Burma Government Medical School reports 1923-41
Year: 1923
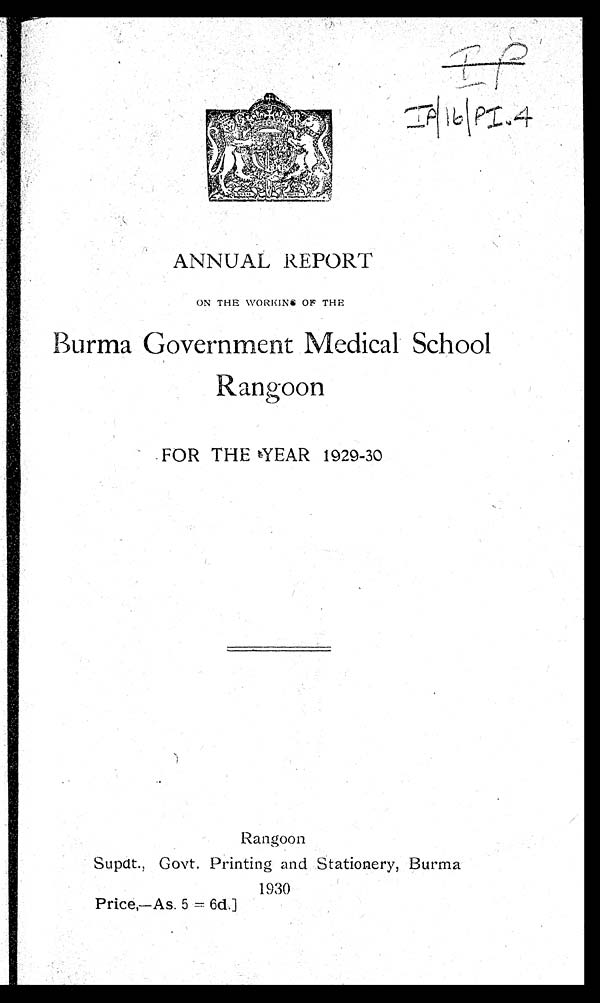
'71
I P / 1 6 / P I . 4
ANNUAL REPORT
ON THE WORKINiG OF THE
Burma. Government Medical School
Rangoon
FOR THE YEAR
1929-30
Rangoon
Supdt., Govt. Printing and Stationery, Burma
1930
Price,—As. 5 = 6d.]